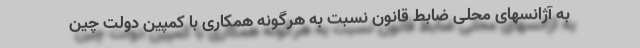
به آژانسهای محلی ضابط قانون نسبت به هرگونه همکاری با کمپین دولت چین